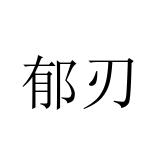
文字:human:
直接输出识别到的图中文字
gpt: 郁刃